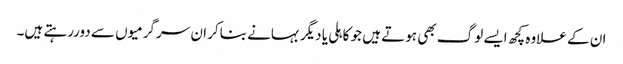
ان کے علاوہ کچھ ایسے لوگ بھی ہوتے ہیں جو کاہلی یا دیگر بہانے بناکر ان سرگرمیوں سے دوررہتے ہیں۔